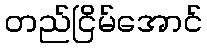
တည်ငြိမ်အောင်